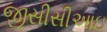
જીસીસીઆઇ